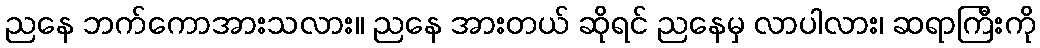
ညနေ ဘက်ကောအားသလား။ ညနေ အားတယ် ဆိုရင် ညနေမှ လာပါလား၊ ဆရာကြီးကို